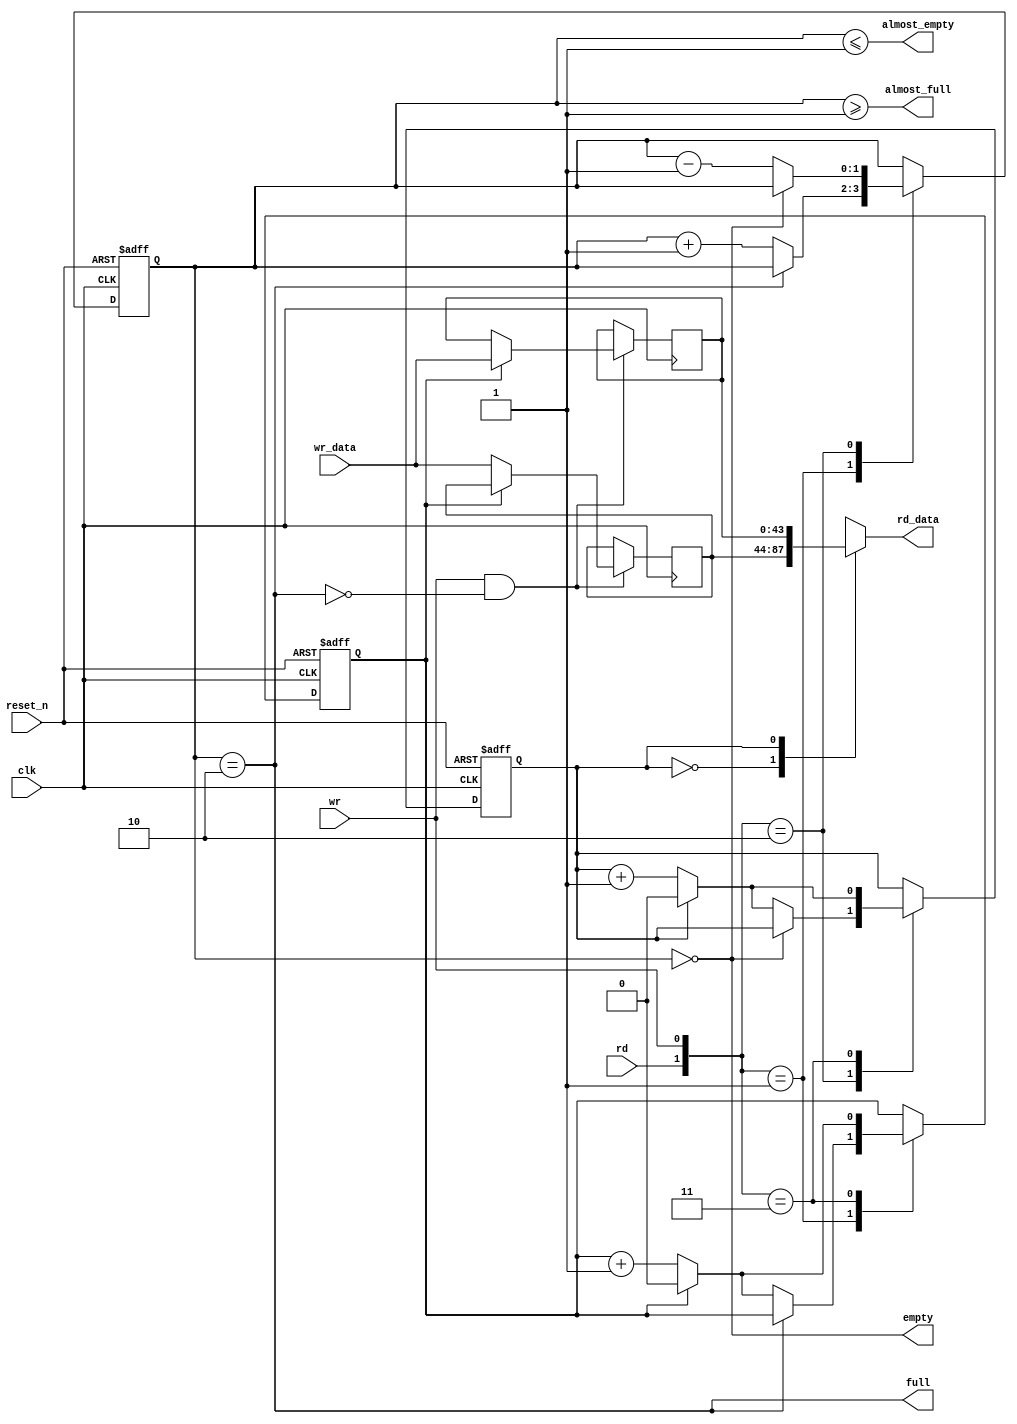
//Legal Notice: (C)2020 Altera Corporation. All rights reserved.  Your
//use of Altera Corporation's design tools, logic functions and other
//software and tools, and its AMPP partner logic functions, and any
//output files any of the foregoing (including device programming or
//simulation files), and any associated documentation or information are
//expressly subject to the terms and conditions of the Altera Program
//License Subscription Agreement or other applicable license agreement,
//including, without limitation, that your use is for the sole purpose
//of programming logic devices manufactured by Altera and sold by Altera
//or its authorized distributors.  Please refer to the applicable
//agreement for further details.

// synthesis translate_off
`timescale 1ns / 1ps
// synthesis translate_on

// turn off superfluous verilog processor warnings 
// altera message_level Level1 
// altera message_off 10034 10035 10036 10037 10230 10240 10030 

module Computer_System_SDRAM_input_efifo_module (
                                                  // inputs:
                                                   clk,
                                                   rd,
                                                   reset_n,
                                                   wr,
                                                   wr_data,

                                                  // outputs:
                                                   almost_empty,
                                                   almost_full,
                                                   empty,
                                                   full,
                                                   rd_data
                                                )
;

  output           almost_empty;
  output           almost_full;
  output           empty;
  output           full;
  output  [ 43: 0] rd_data;
  input            clk;
  input            rd;
  input            reset_n;
  input            wr;
  input   [ 43: 0] wr_data;


wire             almost_empty;
wire             almost_full;
wire             empty;
reg     [  1: 0] entries;
reg     [ 43: 0] entry_0;
reg     [ 43: 0] entry_1;
wire             full;
reg              rd_address;
reg     [ 43: 0] rd_data;
wire    [  1: 0] rdwr;
reg              wr_address;
  assign rdwr = {rd, wr};
  assign full = entries == 2;
  assign almost_full = entries >= 1;
  assign empty = entries == 0;
  assign almost_empty = entries <= 1;
  always @(entry_0 or entry_1 or rd_address)
    begin
      case (rd_address) // synthesis parallel_case full_case
      
          1'd0: begin
              rd_data = entry_0;
          end // 1'd0 
      
          1'd1: begin
              rd_data = entry_1;
          end // 1'd1 
      
          default: begin
          end // default
      
      endcase // rd_address
    end


  always @(posedge clk or negedge reset_n)
    begin
      if (reset_n == 0)
        begin
          wr_address <= 0;
          rd_address <= 0;
          entries <= 0;
        end
      else 
        case (rdwr) // synthesis parallel_case full_case
        
            2'd1: begin
                // Write data
                if (!full)
                  begin
                    entries <= entries + 1;
                    wr_address <= (wr_address == 1) ? 0 : (wr_address + 1);
                  end
            end // 2'd1 
        
            2'd2: begin
                // Read data
                if (!empty)
                  begin
                    entries <= entries - 1;
                    rd_address <= (rd_address == 1) ? 0 : (rd_address + 1);
                  end
            end // 2'd2 
        
            2'd3: begin
                wr_address <= (wr_address == 1) ? 0 : (wr_address + 1);
                rd_address <= (rd_address == 1) ? 0 : (rd_address + 1);
            end // 2'd3 
        
            default: begin
            end // default
        
        endcase // rdwr
    end


  always @(posedge clk)
    begin
      //Write data
      if (wr & !full)
          case (wr_address) // synthesis parallel_case full_case
          
              1'd0: begin
                  entry_0 <= wr_data;
              end // 1'd0 
          
              1'd1: begin
                  entry_1 <= wr_data;
              end // 1'd1 
          
              default: begin
              end // default
          
          endcase // wr_address
    end



endmodule


// synthesis translate_off
`timescale 1ns / 1ps
// synthesis translate_on

// turn off superfluous verilog processor warnings 
// altera message_level Level1 
// altera message_off 10034 10035 10036 10037 10230 10240 10030 

module Computer_System_SDRAM (
                               // inputs:
                                az_addr,
                                az_be_n,
                                az_cs,
                                az_data,
                                az_rd_n,
                                az_wr_n,
                                clk,
                                reset_n,

                               // outputs:
                                za_data,
                                za_valid,
                                za_waitrequest,
                                zs_addr,
                                zs_ba,
                                zs_cas_n,
                                zs_cke,
                                zs_cs_n,
                                zs_dq,
                                zs_dqm,
                                zs_ras_n,
                                zs_we_n
                             )
;

  output  [ 15: 0] za_data;
  output           za_valid;
  output           za_waitrequest;
  output  [ 12: 0] zs_addr;
  output  [  1: 0] zs_ba;
  output           zs_cas_n;
  output           zs_cke;
  output           zs_cs_n;
  inout   [ 15: 0] zs_dq;
  output  [  1: 0] zs_dqm;
  output           zs_ras_n;
  output           zs_we_n;
  input   [ 24: 0] az_addr;
  input   [  1: 0] az_be_n;
  input            az_cs;
  input   [ 15: 0] az_data;
  input            az_rd_n;
  input            az_wr_n;
  input            clk;
  input            reset_n;


wire    [ 23: 0] CODE;
reg              ack_refresh_request;
reg     [ 24: 0] active_addr;
wire    [  1: 0] active_bank;
reg              active_cs_n;
reg     [ 15: 0] active_data;
reg     [  1: 0] active_dqm;
reg              active_rnw;
wire             almost_empty;
wire             almost_full;
wire             bank_match;
wire    [  9: 0] cas_addr;
wire             clk_en;
wire    [  3: 0] cmd_all;
wire    [  2: 0] cmd_code;
wire             cs_n;
wire             csn_decode;
wire             csn_match;
wire    [ 24: 0] f_addr;
wire    [  1: 0] f_bank;
wire             f_cs_n;
wire    [ 15: 0] f_data;
wire    [  1: 0] f_dqm;
wire             f_empty;
reg              f_pop;
wire             f_rnw;
wire             f_select;
wire    [ 43: 0] fifo_read_data;
reg     [ 12: 0] i_addr;
reg     [  3: 0] i_cmd;
reg     [  2: 0] i_count;
reg     [  2: 0] i_next;
reg     [  2: 0] i_refs;
reg     [  2: 0] i_state;
reg              init_done;
reg     [ 12: 0] m_addr /* synthesis ALTERA_ATTRIBUTE = "FAST_OUTPUT_REGISTER=ON"  */;
reg     [  1: 0] m_bank /* synthesis ALTERA_ATTRIBUTE = "FAST_OUTPUT_REGISTER=ON"  */;
reg     [  3: 0] m_cmd /* synthesis ALTERA_ATTRIBUTE = "FAST_OUTPUT_REGISTER=ON"  */;
reg     [  2: 0] m_count;
reg     [ 15: 0] m_data /* synthesis ALTERA_ATTRIBUTE = "FAST_OUTPUT_REGISTER=ON ; FAST_OUTPUT_ENABLE_REGISTER=ON"  */;
reg     [  1: 0] m_dqm /* synthesis ALTERA_ATTRIBUTE = "FAST_OUTPUT_REGISTER=ON"  */;
reg     [  8: 0] m_next;
reg     [  8: 0] m_state;
reg              oe /* synthesis ALTERA_ATTRIBUTE = "FAST_OUTPUT_ENABLE_REGISTER=ON"  */;
wire             pending;
wire             rd_strobe;
reg     [  2: 0] rd_valid;
reg     [ 13: 0] refresh_counter;
reg              refresh_request;
wire             rnw_match;
wire             row_match;
wire    [ 23: 0] txt_code;
reg              za_cannotrefresh;
reg     [ 15: 0] za_data /* synthesis ALTERA_ATTRIBUTE = "FAST_INPUT_REGISTER=ON"  */;
reg              za_valid;
wire             za_waitrequest;
wire    [ 12: 0] zs_addr;
wire    [  1: 0] zs_ba;
wire             zs_cas_n;
wire             zs_cke;
wire             zs_cs_n;
wire    [ 15: 0] zs_dq;
wire    [  1: 0] zs_dqm;
wire             zs_ras_n;
wire             zs_we_n;
  assign clk_en = 1;
  //s1, which is an e_avalon_slave
  assign {zs_cs_n, zs_ras_n, zs_cas_n, zs_we_n} = m_cmd;
  assign zs_addr = m_addr;
  assign zs_cke = clk_en;
  assign zs_dq = oe?m_data:{16{1'bz}};
  assign zs_dqm = m_dqm;
  assign zs_ba = m_bank;
  assign f_select = f_pop & pending;
  assign f_cs_n = 1'b0;
  assign cs_n = f_select ? f_cs_n : active_cs_n;
  assign csn_decode = cs_n;
  assign {f_rnw, f_addr, f_dqm, f_data} = fifo_read_data;
  Computer_System_SDRAM_input_efifo_module the_Computer_System_SDRAM_input_efifo_module
    (
      .almost_empty (almost_empty),
      .almost_full  (almost_full),
      .clk          (clk),
      .empty        (f_empty),
      .full         (za_waitrequest),
      .rd           (f_select),
      .rd_data      (fifo_read_data),
      .reset_n      (reset_n),
      .wr           ((~az_wr_n | ~az_rd_n) & !za_waitrequest),
      .wr_data      ({az_wr_n, az_addr, az_wr_n ? 2'b0 : az_be_n, az_data})
    );

  assign f_bank = {f_addr[24],f_addr[10]};
  // Refresh/init counter.
  always @(posedge clk or negedge reset_n)
    begin
      if (reset_n == 0)
          refresh_counter <= 10000;
      else if (refresh_counter == 0)
          refresh_counter <= 1562;
      else 
        refresh_counter <= refresh_counter - 1'b1;
    end


  // Refresh request signal.
  always @(posedge clk or negedge reset_n)
    begin
      if (reset_n == 0)
          refresh_request <= 0;
      else if (1)
          refresh_request <= ((refresh_counter == 0) | refresh_request) & ~ack_refresh_request & init_done;
    end


  // Generate an Interrupt if two ref_reqs occur before one ack_refresh_request
  always @(posedge clk or negedge reset_n)
    begin
      if (reset_n == 0)
          za_cannotrefresh <= 0;
      else if (1)
          za_cannotrefresh <= (refresh_counter == 0) & refresh_request;
    end


  // Initialization-done flag.
  always @(posedge clk or negedge reset_n)
    begin
      if (reset_n == 0)
          init_done <= 0;
      else if (1)
          init_done <= init_done | (i_state == 3'b101);
    end


  // **** Init FSM ****
  always @(posedge clk or negedge reset_n)
    begin
      if (reset_n == 0)
        begin
          i_state <= 3'b000;
          i_next <= 3'b000;
          i_cmd <= 4'b1111;
          i_addr <= {13{1'b1}};
          i_count <= {3{1'b0}};
        end
      else 
        begin
          i_addr <= {13{1'b1}};
          case (i_state) // synthesis parallel_case full_case
          
              3'b000: begin
                  i_cmd <= 4'b1111;
                  i_refs <= 3'b0;
                  //Wait for refresh count-down after reset
                  if (refresh_counter == 0)
                      i_state <= 3'b001;
              end // 3'b000 
          
              3'b001: begin
                  i_state <= 3'b011;
                  i_cmd <= {{1{1'b0}},3'h2};
                  i_count <= 1;
                  i_next <= 3'b010;
              end // 3'b001 
          
              3'b010: begin
                  i_cmd <= {{1{1'b0}},3'h1};
                  i_refs <= i_refs + 1'b1;
                  i_state <= 3'b011;
                  i_count <= 7;
                  // Count up init_refresh_commands
                  if (i_refs == 3'h1)
                      i_next <= 3'b111;
                  else 
                    i_next <= 3'b010;
              end // 3'b010 
          
              3'b011: begin
                  i_cmd <= {{1{1'b0}},3'h7};
                  //WAIT til safe to Proceed...
                  if (i_count > 1)
                      i_count <= i_count - 1'b1;
                  else 
                    i_state <= i_next;
              end // 3'b011 
          
              3'b101: begin
                  i_state <= 3'b101;
              end // 3'b101 
          
              3'b111: begin
                  i_state <= 3'b011;
                  i_cmd <= {{1{1'b0}},3'h0};
                  i_addr <= {{3{1'b0}},1'b0,2'b00,3'h3,4'h0};
                  i_count <= 4;
                  i_next <= 3'b101;
              end // 3'b111 
          
              default: begin
                  i_state <= 3'b000;
              end // default
          
          endcase // i_state
        end
    end


  assign active_bank = {active_addr[24],active_addr[10]};
  assign csn_match = active_cs_n == f_cs_n;
  assign rnw_match = active_rnw == f_rnw;
  assign bank_match = active_bank == f_bank;
  assign row_match = {active_addr[23 : 11]} == {f_addr[23 : 11]};
  assign pending = csn_match && rnw_match && bank_match && row_match && !f_empty;
  assign cas_addr = f_select ? { {3{1'b0}},f_addr[9 : 0] } : { {3{1'b0}},active_addr[9 : 0] };
  // **** Main FSM ****
  always @(posedge clk or negedge reset_n)
    begin
      if (reset_n == 0)
        begin
          m_state <= 9'b000000001;
          m_next <= 9'b000000001;
          m_cmd <= 4'b1111;
          m_bank <= 2'b00;
          m_addr <= 13'b0000000000000;
          m_data <= 16'b0000000000000000;
          m_dqm <= 2'b00;
          m_count <= 3'b000;
          ack_refresh_request <= 1'b0;
          f_pop <= 1'b0;
          oe <= 1'b0;
        end
      else 
        begin
          f_pop <= 1'b0;
          oe <= 1'b0;
          case (m_state) // synthesis parallel_case full_case
          
              9'b000000001: begin
                  //Wait for init-fsm to be done...
                  if (init_done)
                    begin
                      //Hold bus if another cycle ended to arf.
                      if (refresh_request)
                          m_cmd <= {{1{1'b0}},3'h7};
                      else 
                        m_cmd <= 4'b1111;
                      ack_refresh_request <= 1'b0;
                      //Wait for a read/write request.
                      if (refresh_request)
                        begin
                          m_state <= 9'b001000000;
                          m_next <= 9'b010000000;
                          m_count <= 1;
                          active_cs_n <= 1'b1;
                        end
                      else if (!f_empty)
                        begin
                          f_pop <= 1'b1;
                          active_cs_n <= f_cs_n;
                          active_rnw <= f_rnw;
                          active_addr <= f_addr;
                          active_data <= f_data;
                          active_dqm <= f_dqm;
                          m_state <= 9'b000000010;
                        end
                    end
                  else 
                    begin
                      m_addr <= i_addr;
                      m_state <= 9'b000000001;
                      m_next <= 9'b000000001;
                      m_cmd <= i_cmd;
                    end
              end // 9'b000000001 
          
              9'b000000010: begin
                  m_state <= 9'b000000100;
                  m_cmd <= {csn_decode,3'h3};
                  m_bank <= active_bank;
                  m_addr <= active_addr[23 : 11];
                  m_data <= active_data;
                  m_dqm <= active_dqm;
                  m_count <= 2;
                  m_next <= active_rnw ? 9'b000001000 : 9'b000010000;
              end // 9'b000000010 
          
              9'b000000100: begin
                  // precharge all if arf, else precharge csn_decode
                  if (m_next == 9'b010000000)
                      m_cmd <= {{1{1'b0}},3'h7};
                  else 
                    m_cmd <= {csn_decode,3'h7};
                  //Count down til safe to Proceed...
                  if (m_count > 1)
                      m_count <= m_count - 1'b1;
                  else 
                    m_state <= m_next;
              end // 9'b000000100 
          
              9'b000001000: begin
                  m_cmd <= {csn_decode,3'h5};
                  m_bank <= f_select ? f_bank : active_bank;
                  m_dqm <= f_select ? f_dqm  : active_dqm;
                  m_addr <= cas_addr;
                  //Do we have a transaction pending?
                  if (pending)
                    begin
                      //if we need to ARF, bail, else spin
                      if (refresh_request)
                        begin
                          m_state <= 9'b000000100;
                          m_next <= 9'b000000001;
                          m_count <= 2;
                        end
                      else 
                        begin
                          f_pop <= 1'b1;
                          active_cs_n <= f_cs_n;
                          active_rnw <= f_rnw;
                          active_addr <= f_addr;
                          active_data <= f_data;
                          active_dqm <= f_dqm;
                        end
                    end
                  else 
                    begin
                      //correctly end RD spin cycle if fifo mt
                      if (~pending & f_pop)
                          m_cmd <= {csn_decode,3'h7};
                      m_state <= 9'b100000000;
                    end
              end // 9'b000001000 
          
              9'b000010000: begin
                  m_cmd <= {csn_decode,3'h4};
                  oe <= 1'b1;
                  m_data <= f_select ? f_data : active_data;
                  m_dqm <= f_select ? f_dqm  : active_dqm;
                  m_bank <= f_select ? f_bank : active_bank;
                  m_addr <= cas_addr;
                  //Do we have a transaction pending?
                  if (pending)
                    begin
                      //if we need to ARF, bail, else spin
                      if (refresh_request)
                        begin
                          m_state <= 9'b000000100;
                          m_next <= 9'b000000001;
                          m_count <= 2;
                        end
                      else 
                        begin
                          f_pop <= 1'b1;
                          active_cs_n <= f_cs_n;
                          active_rnw <= f_rnw;
                          active_addr <= f_addr;
                          active_data <= f_data;
                          active_dqm <= f_dqm;
                        end
                    end
                  else 
                    begin
                      //correctly end WR spin cycle if fifo empty
                      if (~pending & f_pop)
                        begin
                          m_cmd <= {csn_decode,3'h7};
                          oe <= 1'b0;
                        end
                      m_state <= 9'b100000000;
                    end
              end // 9'b000010000 
          
              9'b000100000: begin
                  m_cmd <= {csn_decode,3'h7};
                  //Count down til safe to Proceed...
                  if (m_count > 1)
                      m_count <= m_count - 1'b1;
                  else 
                    begin
                      m_state <= 9'b001000000;
                      m_count <= 1;
                    end
              end // 9'b000100000 
          
              9'b001000000: begin
                  m_state <= 9'b000000100;
                  m_addr <= {13{1'b1}};
                  // precharge all if arf, else precharge csn_decode
                  if (refresh_request)
                      m_cmd <= {{1{1'b0}},3'h2};
                  else 
                    m_cmd <= {csn_decode,3'h2};
              end // 9'b001000000 
          
              9'b010000000: begin
                  ack_refresh_request <= 1'b1;
                  m_state <= 9'b000000100;
                  m_cmd <= {{1{1'b0}},3'h1};
                  m_count <= 7;
                  m_next <= 9'b000000001;
              end // 9'b010000000 
          
              9'b100000000: begin
                  m_cmd <= {csn_decode,3'h7};
                  //if we need to ARF, bail, else spin
                  if (refresh_request)
                    begin
                      m_state <= 9'b000000100;
                      m_next <= 9'b000000001;
                      m_count <= 1;
                    end
                  else //wait for fifo to have contents
                  if (!f_empty)
                      //Are we 'pending' yet?
                      if (csn_match && rnw_match && bank_match && row_match)
                        begin
                          m_state <= f_rnw ? 9'b000001000 : 9'b000010000;
                          f_pop <= 1'b1;
                          active_cs_n <= f_cs_n;
                          active_rnw <= f_rnw;
                          active_addr <= f_addr;
                          active_data <= f_data;
                          active_dqm <= f_dqm;
                        end
                      else 
                        begin
                          m_state <= 9'b000100000;
                          m_next <= 9'b000000001;
                          m_count <= 1;
                        end
              end // 9'b100000000 
          
              // synthesis translate_off
          
              default: begin
                  m_state <= m_state;
                  m_cmd <= 4'b1111;
                  f_pop <= 1'b0;
                  oe <= 1'b0;
              end // default
          
              // synthesis translate_on
          endcase // m_state
        end
    end


  assign rd_strobe = m_cmd[2 : 0] == 3'h5;
  //Track RD Req's based on cas_latency w/shift reg
  always @(posedge clk or negedge reset_n)
    begin
      if (reset_n == 0)
          rd_valid <= {3{1'b0}};
      else 
        rd_valid <= (rd_valid << 1) | { {2{1'b0}}, rd_strobe };
    end


  // Register dq data.
  always @(posedge clk or negedge reset_n)
    begin
      if (reset_n == 0)
          za_data <= 0;
      else 
        za_data <= zs_dq;
    end


  // Delay za_valid to match registered data.
  always @(posedge clk or negedge reset_n)
    begin
      if (reset_n == 0)
          za_valid <= 0;
      else if (1)
          za_valid <= rd_valid[2];
    end


  assign cmd_code = m_cmd[2 : 0];
  assign cmd_all = m_cmd;

//synthesis translate_off
//////////////// SIMULATION-ONLY CONTENTS
  assign txt_code = (cmd_code == 3'h0)? 24'h4c4d52 :
    (cmd_code == 3'h1)? 24'h415246 :
    (cmd_code == 3'h2)? 24'h505245 :
    (cmd_code == 3'h3)? 24'h414354 :
    (cmd_code == 3'h4)? 24'h205752 :
    (cmd_code == 3'h5)? 24'h205244 :
    (cmd_code == 3'h6)? 24'h425354 :
    (cmd_code == 3'h7)? 24'h4e4f50 :
    24'h424144;

  assign CODE = &(cmd_all|4'h7) ? 24'h494e48 : txt_code;

//////////////// END SIMULATION-ONLY CONTENTS

//synthesis translate_on

endmodule